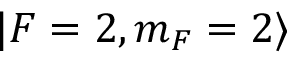
| F = 2 , m _ { F } = 2 \rangle